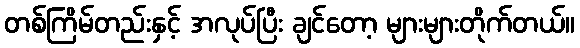
တစ်ကြိမ်တည်းနှင့် အလုပ်ပြီး ချင်တော့ များများတိုက်တယ်။